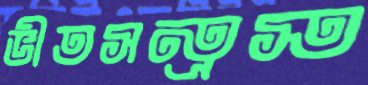
ভীতসন্ত্রস্ত